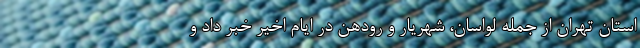
استان تهران از جمله لواسان، شهریار و رودهن در ایام اخیر خبر داد و